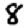
Digit: 8